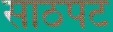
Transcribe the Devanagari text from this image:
साठपट